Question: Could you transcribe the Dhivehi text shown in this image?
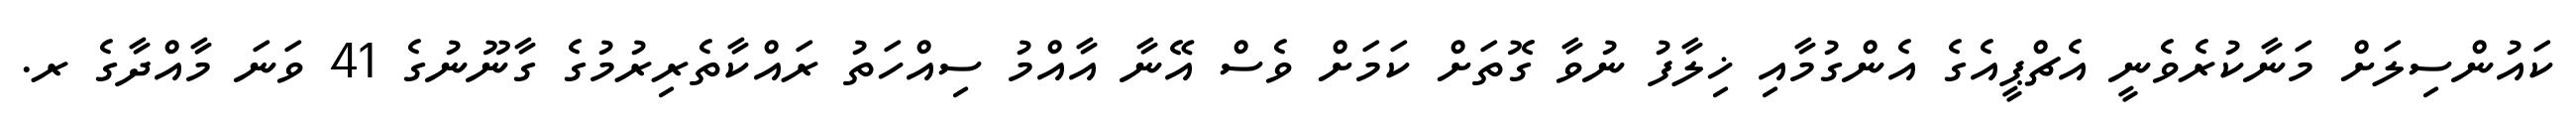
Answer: ކައުންސިލަށް މަނާކުރެވެނީ އެޗްޕީއެގެ އެންގުމާއި ޚިލާފު ނުވާ ގޮތަށް ކަމަށް ވެސް އޭނާ އާއްމު ސިއްހަތު ރައްކާތެރިރުމުގެ ގާނޫނުގެ 41 ވަނަ މާއްދާގެ ރ.